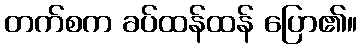
တက်စက ခပ်ထန်ထန် ပြော၏။